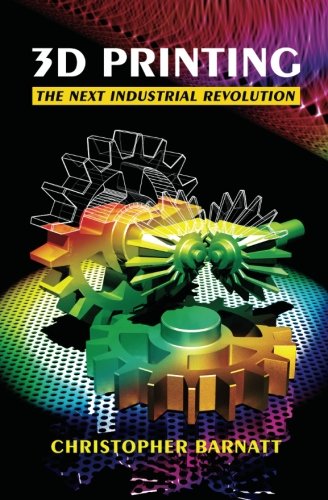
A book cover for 3D Printing: The Next Industrial Revolution; Christopher Barnatt; Computers & Technology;